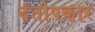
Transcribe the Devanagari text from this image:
दंतोपकार